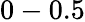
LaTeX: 0-0.5